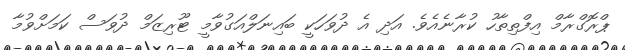
ޕްރޮގްރާމް އިފްތިތާހު ކުރާނެއެވެ. އަދި އެ ދުވަހަކީ ބައިނަލްއަގުވާމީ ޓޫރިޒަމް ދުވަސް ކަމަށްވުމާ